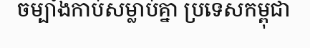
ចម្បាំងកាប់សម្លាប់គ្នា ប្រទេសកម្ពុជា